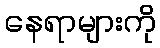
နေရာများကို